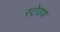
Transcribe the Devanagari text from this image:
स्टेवण